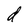
Character: d